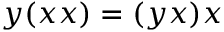
y ( x x ) = ( y x ) x